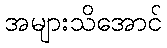
အများသိအောင်